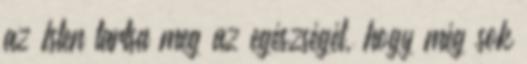
az Isten tartsa meg az egészségét, hogy még sok